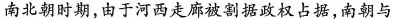
南北朝时期，由于河西走廊被割据政权占据，南朝与